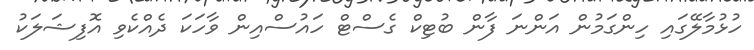
ހުޅުމާލޭގައި ހިންގަމުން އަންނަ ފާން ބުޓިކް ގެސްޓް ހައުސްއިން ވާހަކަ ދެއްކެވި އޮފިޝަލަކު